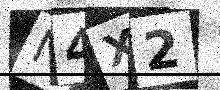
Text: N4X2